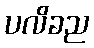
ပလိခည